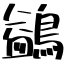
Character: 鷁